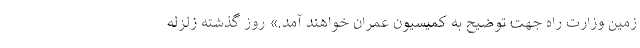
زمین وزارت راه جهت توضیح به کمیسیون عمران خواهند آمد.» روز گذشته زلزله